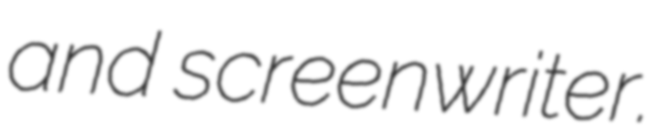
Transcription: and screenwriter.